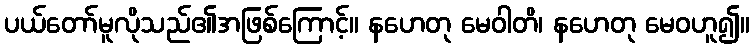
ပယ်တော်မူလိုသည်၏အဖြစ်ကြောင့်။ နဟေတု မေဝါတိ၊ နဟေတု မေဝဟူ၍။